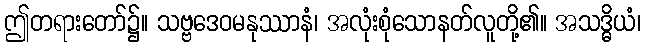
ဤတရားတော်၌။ သဗ္ဗဒေဝမနုဿာနံ၊ အလုံးစုံသောနတ်လူတို့၏။ အသဒ္ဓိယံ၊